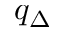
q _ { \Delta }